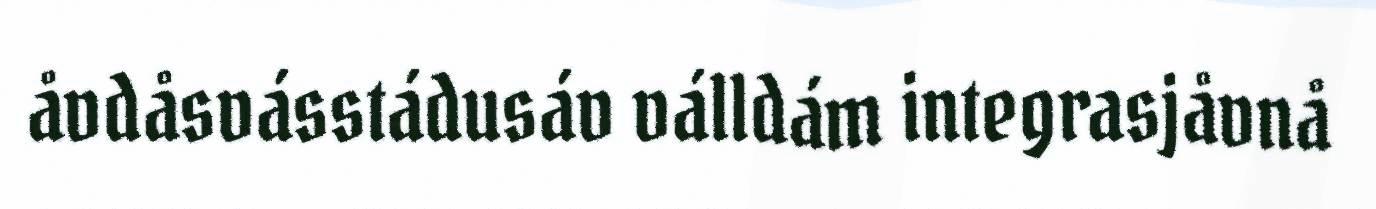
åvdåsvásstádusáv válldám integrasjåvnå